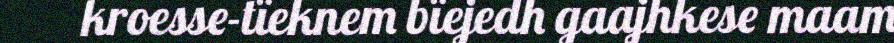
kroesse-tïeknem bïejedh gaajhkese maam